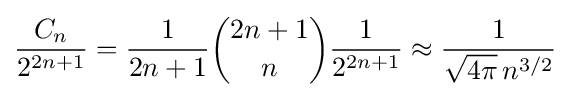
{\frac {C_{n}}{2^{2n+1}}}={\frac {1}{2n+1}}{\binom {2n+1}{n}}{\frac {1}{2^{2n+1}}}\approx {\frac {1}{{\sqrt {4\pi }}\,n^{3/2}}}\displaystyle